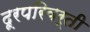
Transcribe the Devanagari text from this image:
दूरपरिवर्ती